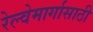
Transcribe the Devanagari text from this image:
रेल्वेमार्गासाठी